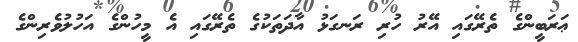
ޢަރަބީންގެ ތެރޭގައި އޭރު ހުރި ރަނގަޅު އާދަތަކުގެ ތެރޭގައި އެ މީހުންގެ އަހުލުވެރިންގެ